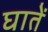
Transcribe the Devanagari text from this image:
घातें